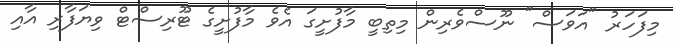
މިފަހަރު "އަވަސް" ނޫސްވެރިން މިތިބީ މާފުށީގަ އެވެ މާފުށީގެ ޓޫރިސްޓް ވިޔަފާރި އާއި